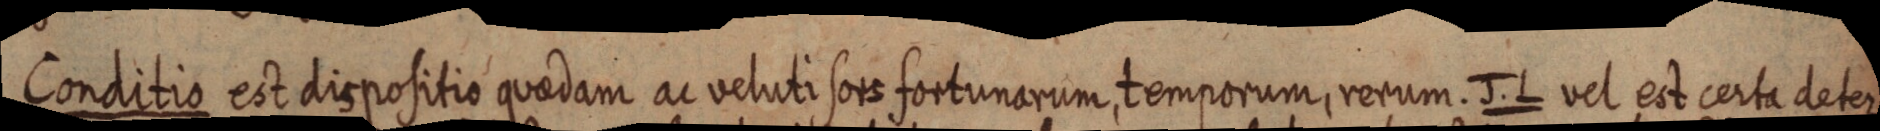
Conditio est dispositio quaedam ac veluti sors fortunarum, temporum, rerum. J. L vel est certa deter